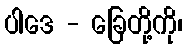
ပါဒေ - ခြေတို့ကို၊